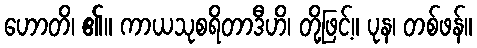
ဟောတိ၊ ၏။ ကာယသုစရိတာဒီဟိ၊ တို့ဖြင့်။ ပုန၊ တစ်ဖန်။